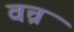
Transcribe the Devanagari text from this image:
वच्र